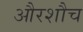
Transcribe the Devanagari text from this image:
औरशौच